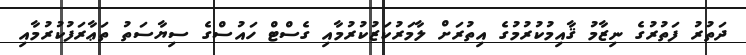
ދަތުރު ފަތުރުގެ ނިޒާމު ޤާއިމުކުރުމުގެ އިތުރަށް ލާމަރުކަޒުކުރުމާއި ގެސްޓް ހައުސްގެ ސިޔާސަތު ތަޢާރަފުކުރުމާއި